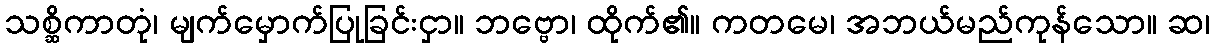
သစ္ဆိကာတုံ၊ မျက်မှောက်ပြုခြင်းငှာ။ ဘဗ္ဗော၊ ထိုက်၏။ ကတမေ၊ အဘယ်မည်ကုန်သော။ ဆ၊